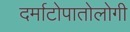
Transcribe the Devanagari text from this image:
दर्माटोपातोलोगी